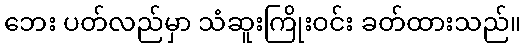
ဘေး ပတ်လည်မှာ သံဆူးကြိုးဝင်း ခတ်ထားသည်။